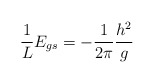
\begin{align*}{1\over L}E_{gs}=-{1\over 2\pi} {h^2\over g}\end{align*}